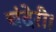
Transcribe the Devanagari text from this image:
चंदेरी।